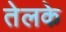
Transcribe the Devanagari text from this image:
तेलके